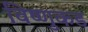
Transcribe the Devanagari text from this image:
विष्णुकड